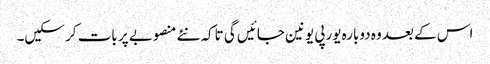
اس کے بعد وہ دوبارہ یورپی یونین جائیں گی تاکہ نئے منصوبے پر بات کر سکیں۔